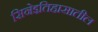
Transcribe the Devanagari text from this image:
सिनेइतिहासातील